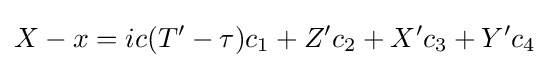
X-x=ic(T'-\tau )c_{1}+Z'c_{2}+X'c_{3}+Y'c_{4}